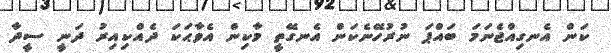
ކަން އެނގިއްޖެނަމަ ބައްޕަ ނުރުހޭނެކަން އެނގޭތީ މާކިން އެވާޙަކަ ދެއްކިއިރު ދަނީ ސީދާ